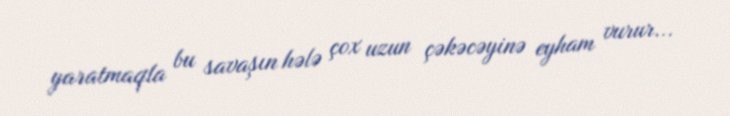
yaratmaqla bu savaşın hələ çox uzun çəkəcəyinə eyham vurur...